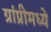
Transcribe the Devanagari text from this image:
ग्रांप्रीमध्ये